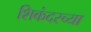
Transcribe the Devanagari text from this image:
शिकंदरच्या